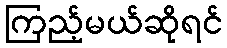
ကြည့်မယ်ဆိုရင်